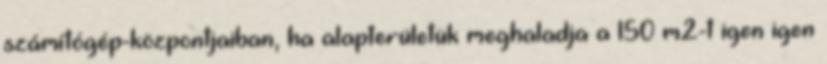
számítógép-központjaiban, ha alapterületük meghaladja a 150 m2-t igen igen